Leningradi_Edasi_toimetus, lk 174
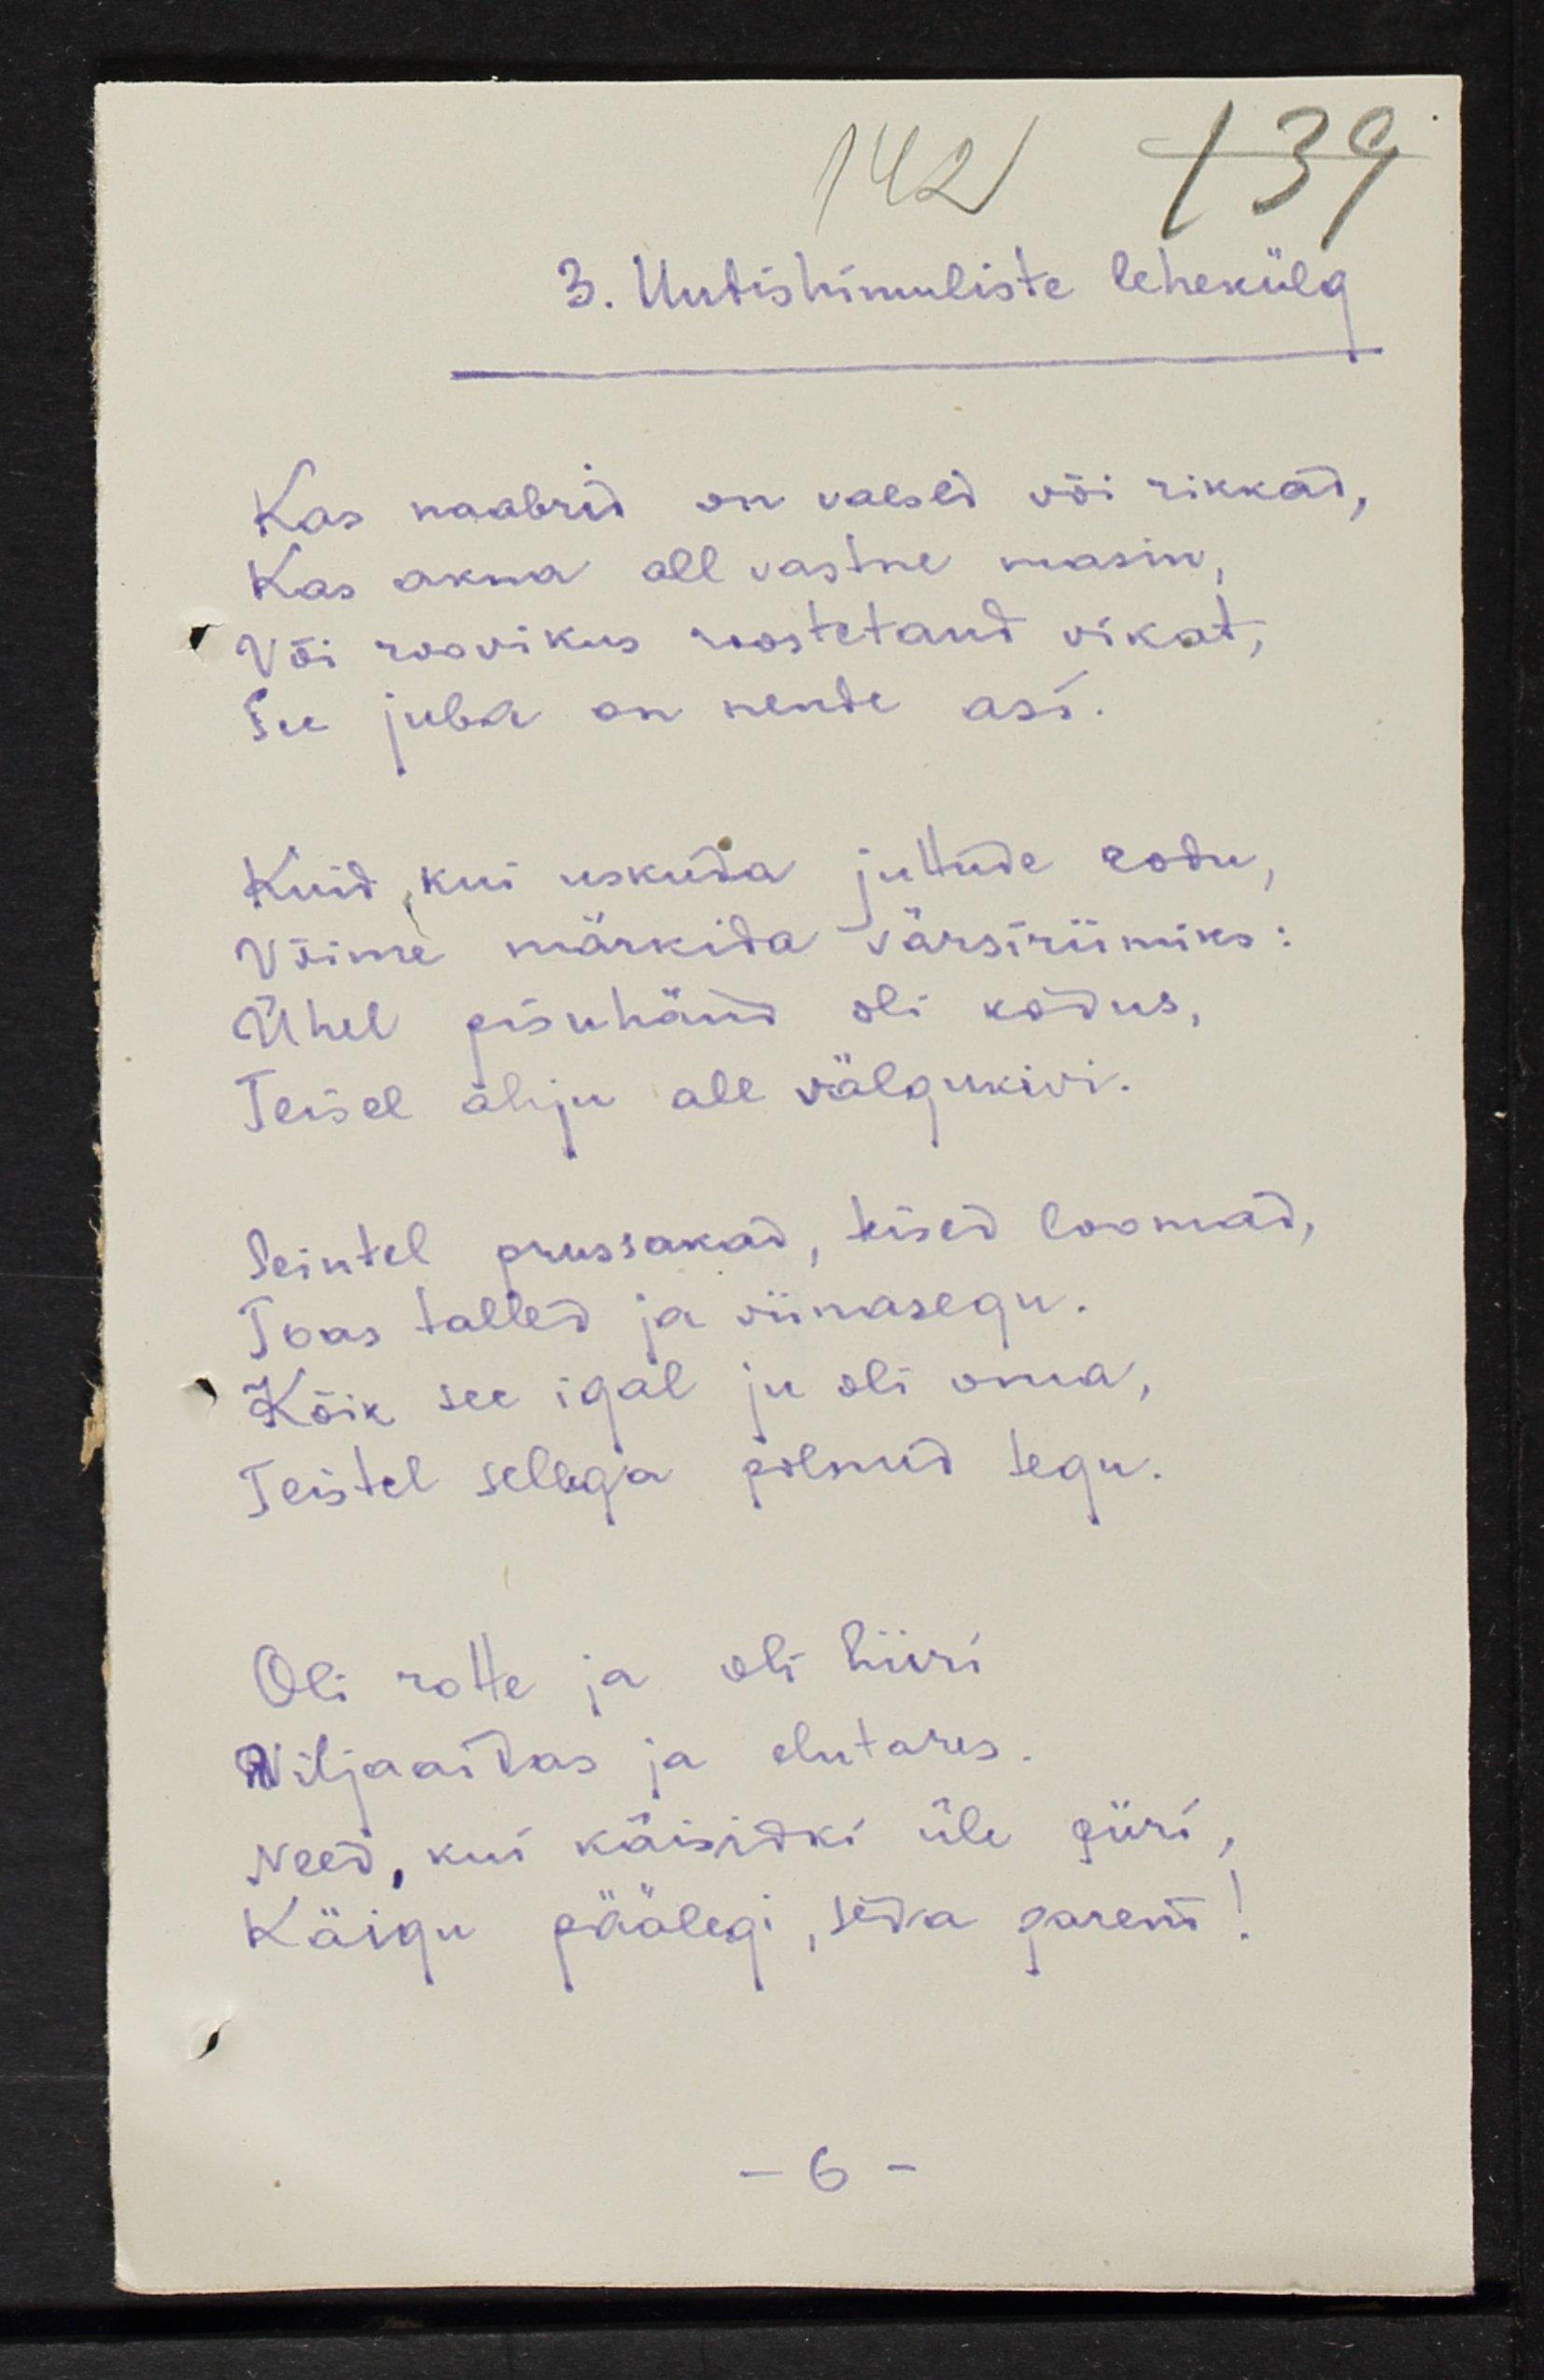
3. Uudishimuliste lehekülg
Kas naabrid on vaesed või rikkad,
Kas akna all vastne masin,
Või roovikus roostetand vikat,
See juba on nende asi.
Kuid kui uskuda juttude rodu,
Võime märkida värsiriimiks:
Ühel pisuhänd oli kodus,
Teisel ahju all välgukivi.
Seintel prussakad, teised loomad,
Toas talled ja viinasegu.
Kõik see igal ju oli oma
Teistel sellega polnud tegu.
Oli rotte ja oli hiiri
Viljaaidas ja elutarus.
Need, kui käisidki üle piiri,
Käigu päälegi, seda parem!